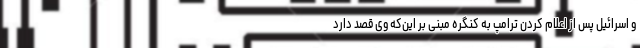
و اسرائیل پس از اعلام کردن ترامپ به کنگره مبنی بر این‌که وی قصد دارد